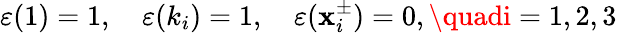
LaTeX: \varepsilon(1)=1,\quad\varepsilon(k_{i})=1,\quad\varepsilon(\mathbf{x}_{i}^{\pm})=0,\quadi=1,2,3